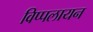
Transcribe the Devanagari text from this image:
विप्पलायन